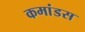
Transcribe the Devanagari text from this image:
कमांडस